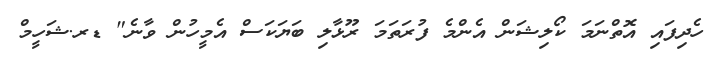
ހެދިފައި އޮތްނަމަ ކޯލިޝަން އެންމެ ފުރަތަމަ ރޫޅާލި ބަޔަކަސް އެމީހުން ވާނެ" ޑރ.ޝަހީމް